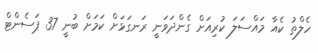
ހެލްތު ކެއާ މައްސަލަ ކުރިއަށް ގެންދަވަނީ ރަނގަޅަށް ކަމަށް ބުނީ 37 ޕަސެންޓް